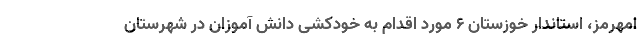
امهرمز، استاندار خوزستان ۶ مورد اقدام به خودکشی دانش آموزان در شهرستان